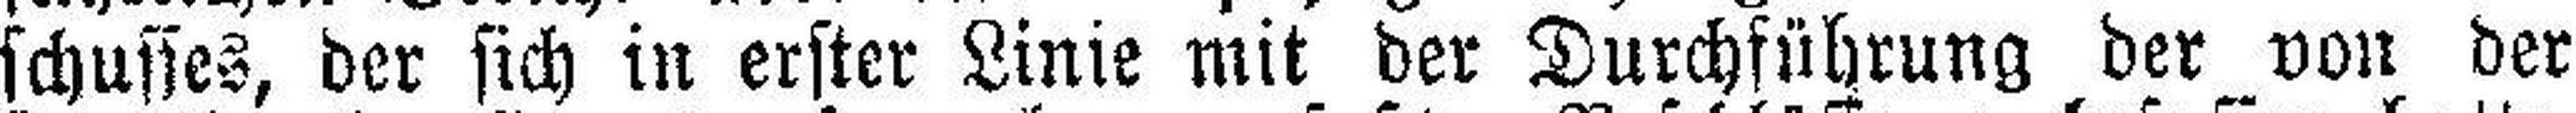
schusses, der sich in erster Linie mit der Durchführung der von der